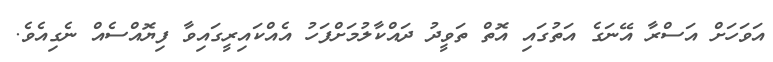
އަވަހަށް އަސްރާ އޭނަގެ އަތުގައި އޮތް ތަވީދު ދައްކާލުމަށްފަހު އެއްކައިރީގައިވާ ފިޔޮއްސެއް ނެގިއެވެ.